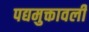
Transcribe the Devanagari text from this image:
पद्यमुक्तावली